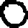
Digit: 0